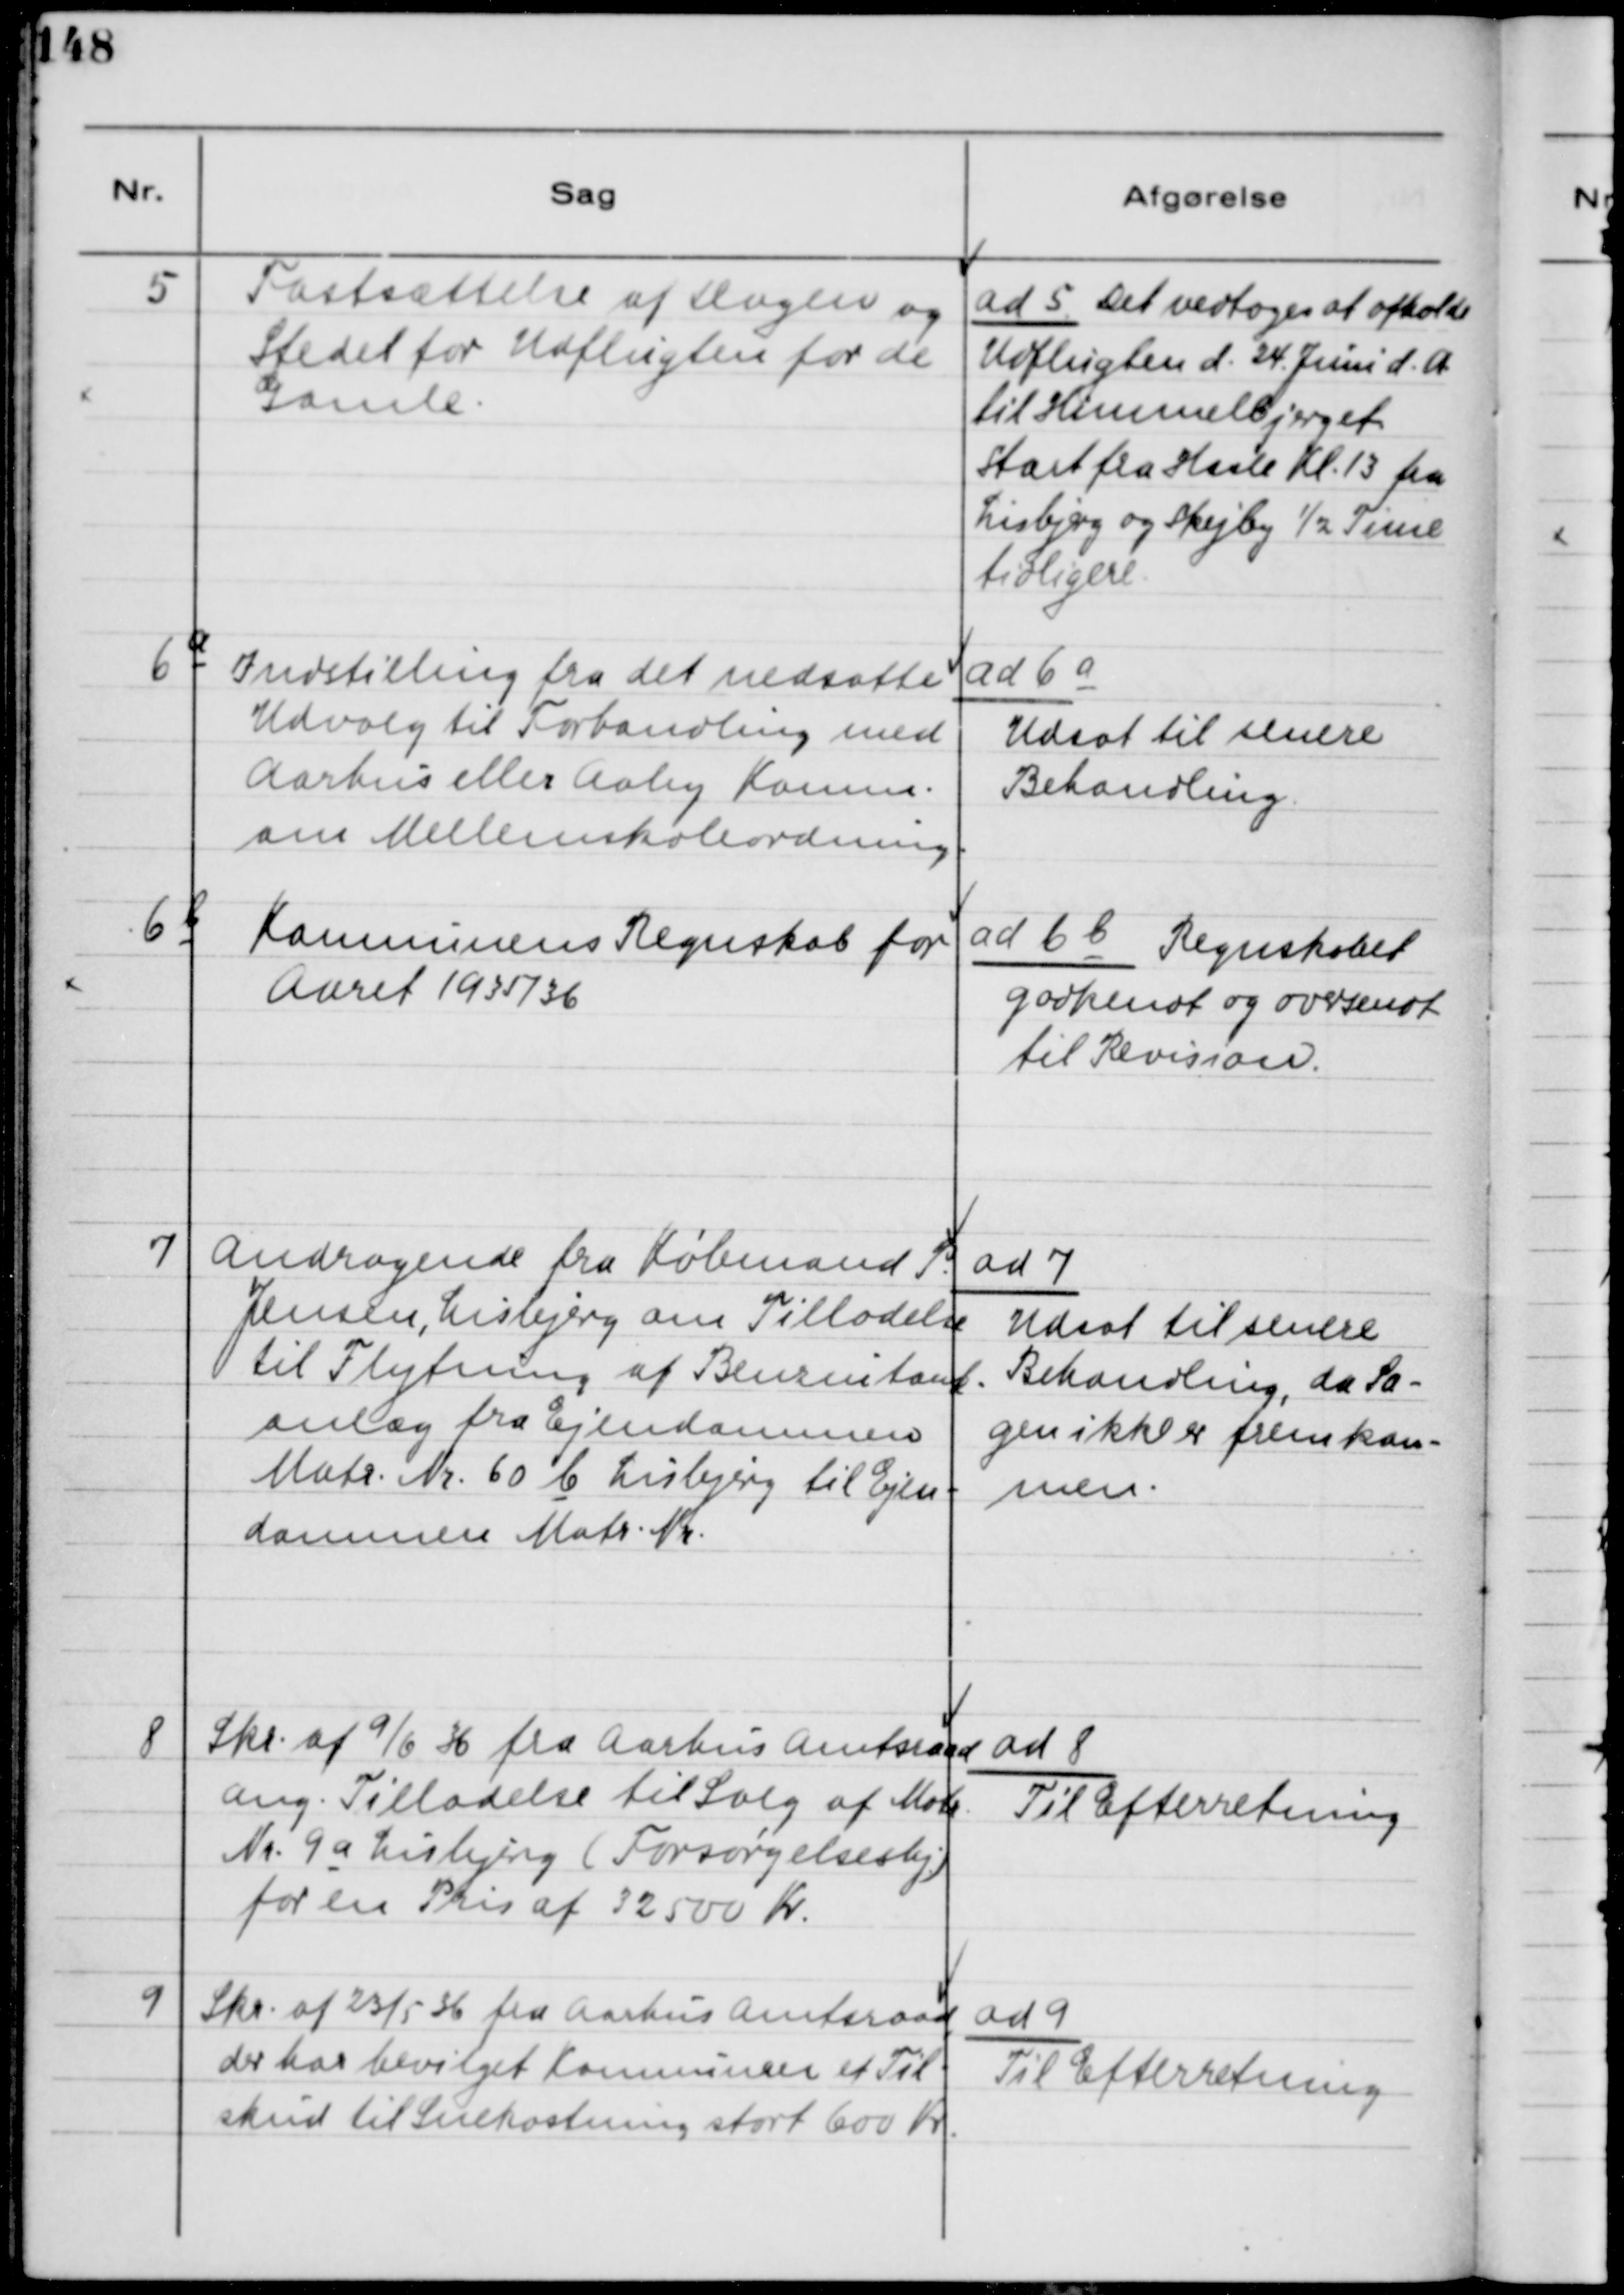
Transskription:
5
Fastsættelse af Dagen og
Stedet for Udflugten for de
Gamle
ad 5 Det vedtoges at afholde
Udflugten d. 24. Juni d.A
til Himmelbjerget
start fra Hasle Kl. 13 fra 
Lisbjerg og Skejby ½ Time
tidligere.
6 a
Indstilling fra det nedsatte
Udvalg til Forhandling med
Aarhus eller Aaby Komm.
om Mellemskoleordning.
ad 6 a
Udsat til senere
Behandling.
6 b
Kommunens Regnskab for
Aaret 1935/36
ad 6 b Regnskabet
godkendt og oversendt
til Revision.
7
Andragende fra Købmand P.
Jensen, Lisbjerg om Tilladelse
til Flytning af Benzintank-
anlæg fra Ejendommen
Matr. Nr. 60 b Lisbjerg til Ejen-
dommen Matr. Nr.
ad 7
Udsat til senere
Behandling, da Sa-
gen ikke er fremkom-
men.
8
Skr. af 9/6 36 fra Aarhus Amtsraad
ang. Tilladelse til Salg af Matr.
Nr. 9a Lisbjerg (Forsørgelseshj.)
for en Pris af 32500 Kr.
ad 8
Til Efterretning
9
Skr. af 23/5 36 fra Aarhus Amtsraad
der har bevilget Kommunen et Til-
skud til Snekastning stort 600 Kr.
ad 9
Til Efterretning